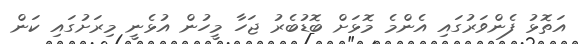
އަތޮޅު ފެންވަރުގައި އެންމެ މޮޅަށް ބޮޑުބެރު ޖަހާ މީހުން އުޅެނީ މިރަށުގައި ކަން